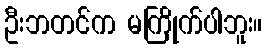
ဦးဘတင်က မကြိုက်ပါဘူး။